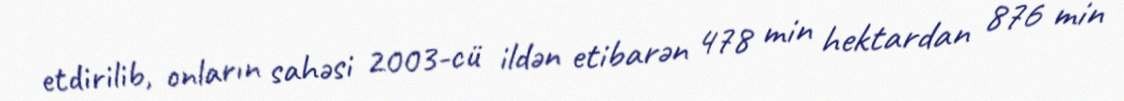
etdirilib, onların sahəsi 2003-cü ildən etibarən 478 min hektardan 876 min